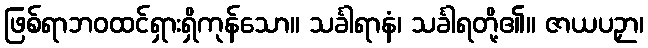
ဖြစ်ရာဘဝထင်ရှားရှိကုန်သော။ သင်္ခါရာနံ၊ သင်္ခါရတို့၏။ ဇာယပဉှာ၊